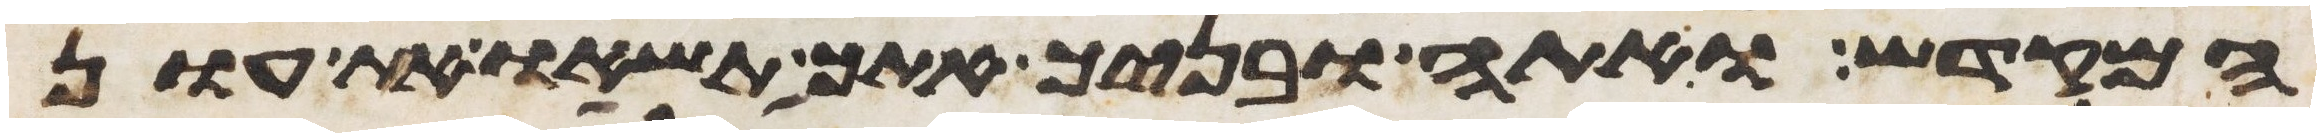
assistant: המקדש ואתה ובניך אתך תשאו את עון